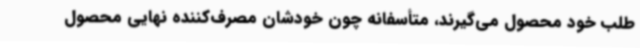
طلب خود محصول می‌گیرند، متأسفانه چون خودشان مصرف‌کننده نهایی محصول